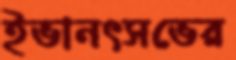
ইভানৎসভের